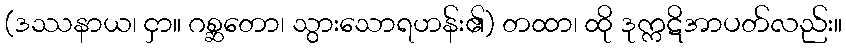
(ဒဿနာယ၊ ငှာ။ ဂစ္ဆတော၊ သွားသောရဟန်း၏) တထာ၊ ထို ဒုက္ကဋိအာပတ်လည်း။